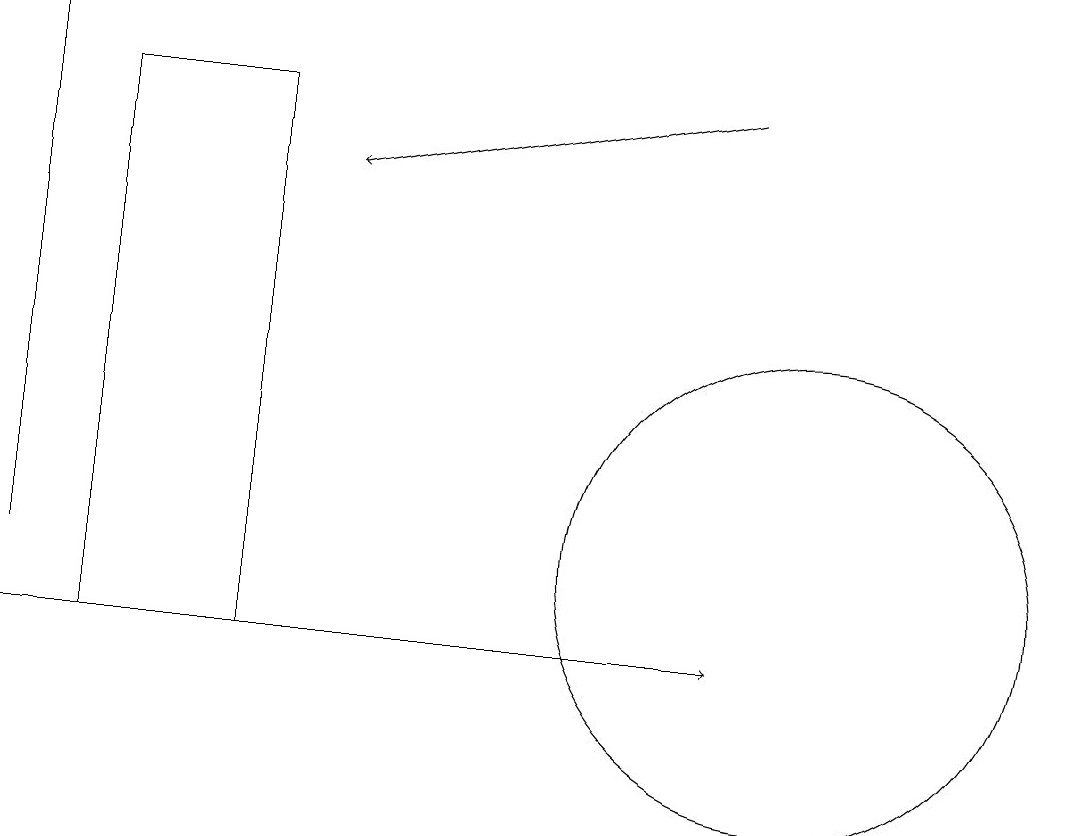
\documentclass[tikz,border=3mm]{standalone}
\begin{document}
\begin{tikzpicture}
\draw (10,11) circle (3);
\draw[->] (0,10) -- (9,10);
\draw[->] (0,11) -- (0,18);
\draw[->] (9,17) -- (4,16);
\draw (3,10) rectangle (1,17);
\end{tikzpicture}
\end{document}